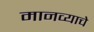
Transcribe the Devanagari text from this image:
मानव्याचे